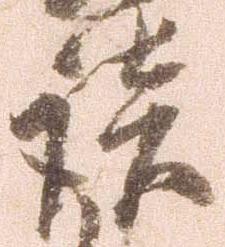
談